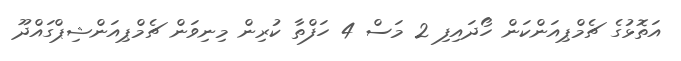
އަތޮޅުގެ ޗެމްޕިއަންކަން ހޯދައިފި 2 މަސް 4 ހަފްތާ ކުރިން މިނިވަން ޗެމްޕިއަންޝިޕްގައްދޫ